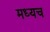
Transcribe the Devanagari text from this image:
मध्यच